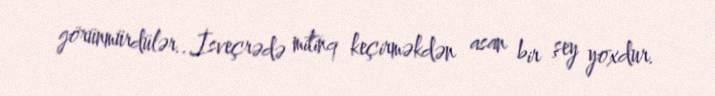
görünmürdülər...İsveçrədə mitinq keçirməkdən asan bir şey yoxdur.